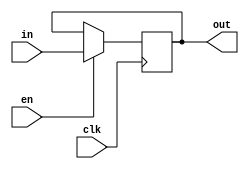
module flag_pp(in,out,clk,en);
input in,clk,en;
output reg out;

always @(posedge clk)
begin
if(en)
out<=in;
end

endmodule